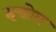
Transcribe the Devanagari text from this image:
इन्डोल